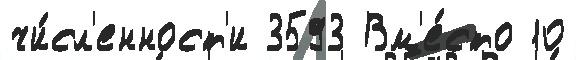
чи́сл'енност'и 3593 Вм'е́сто 10